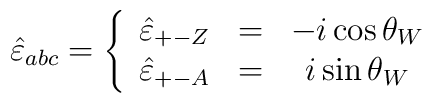
\hat{\varepsilon}_{abc}  =  \left\{    \begin{array} {ccc}      \hat{\varepsilon}_{+-Z}&=&- i \cos\theta_W\\      \hat{\varepsilon}_{+-A}& =&i \sin\theta_W     \end{array}\right.